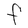
Character: F